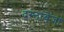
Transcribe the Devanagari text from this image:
दस्तावेजां